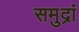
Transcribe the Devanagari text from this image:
समुद्रां